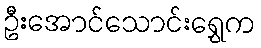
ဦးအောင်သောင်းရွှေက